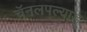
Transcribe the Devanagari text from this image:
चॅनलपल्याड